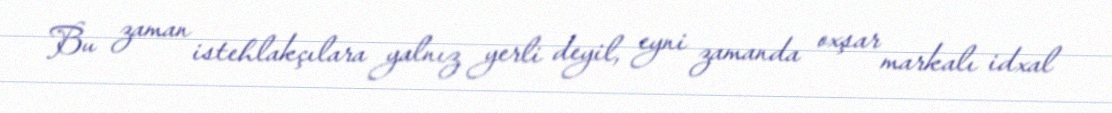
Bu zaman istehlakçılara yalnız yerli deyil, eyni zamanda oxşar markalı idxal